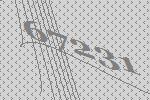
67231